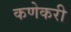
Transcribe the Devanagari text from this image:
कणेकरी